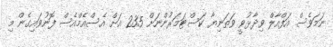
ނަމަވެސް އަފްއާލް ވިދާޅުވީ ވަތަނިޔާ ކަސްޓަމަރުންނަށް 235 އަށް އެސްއެމްއެސް ފޮނުވައިގެން މި